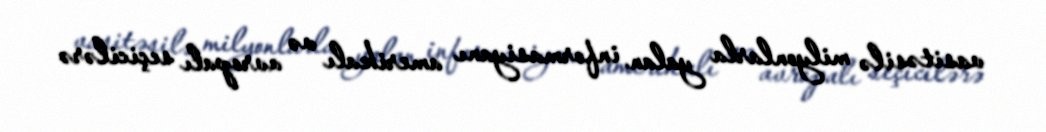
vasitəsilə milyonlarla yalan informasiyanı amerikalı və avropalı seçicilərə